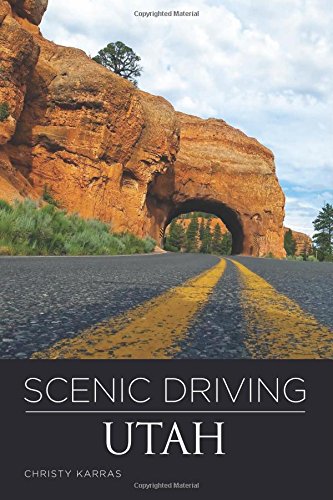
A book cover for Scenic Driving Utah; Christy Karras; Travel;